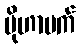
မိုဟာမက်